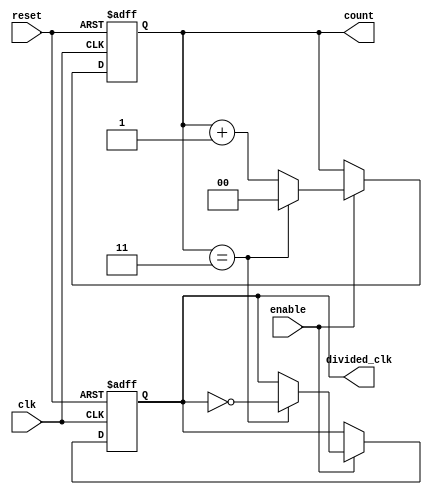
module frequency_divider_counter #(
    parameter DIV_FACTOR = 4  // Division factor (integer)
)(
    input wire clk,            // Input clock signal
    input wire reset,          // Asynchronous reset signal
    input wire enable,         // Enable signal for counting
    output reg divided_clk,     // Output divided clock signal
    output reg [$clog2(DIV_FACTOR)-1:0] count // Current count value
);

    // Internal signal for counting
    reg [$clog2(DIV_FACTOR)-1:0] next_count;

    // Asynchronous reset and counting logic
    always @(posedge clk or posedge reset) begin
        if (reset) begin
            count <= 0;           // Reset count to 0
            divided_clk <= 0;     // Reset divided clock
        end else if (enable) begin
            if (count == DIV_FACTOR - 1) begin
                count <= 0;       // Reset count
                divided_clk <= ~divided_clk; // Toggle divided clock
            end else begin
                count <= count + 1; // Increment count
            end
        end
    end

endmodule